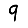
Digit: 9